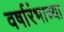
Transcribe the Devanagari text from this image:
वर्षारंभाच्या